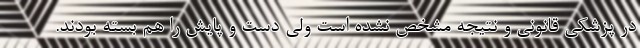
در پزشکی قانونی و نتیجه مشخص نشده است ولی دست و پایش را هم بسته بودند.